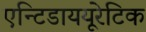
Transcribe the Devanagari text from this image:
एन्टिडाययूरेटिक